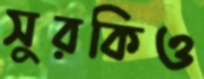
সুরকিও